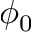
\phi _ { 0 }